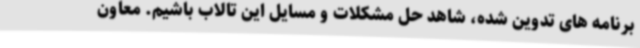
برنامه های تدوین شده، شاهد حل مشکلات و مسایل این تالاب باشیم. معاون